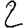
Digit: 2